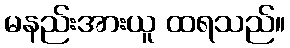
မနည်းအားယူ ထရသည်။